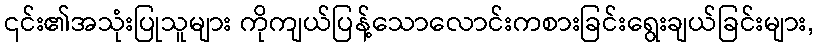
၎င်း၏အသုံးပြုသူများ ကိုကျယ်ပြန့်သောလောင်းကစားခြင်းရွေးချယ်ခြင်းများ,